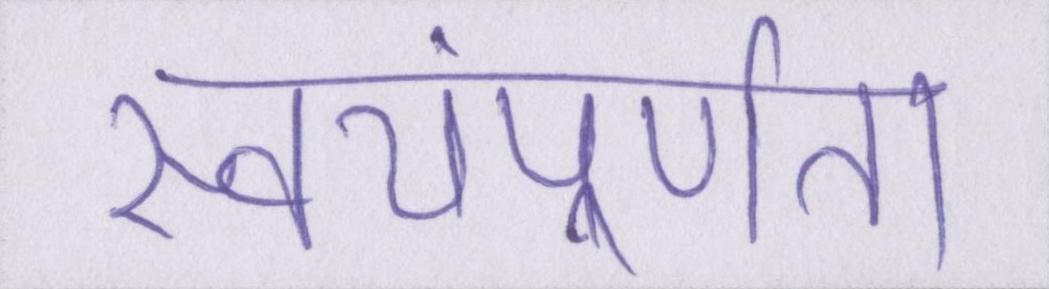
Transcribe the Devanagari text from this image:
स्वयंपूर्णता